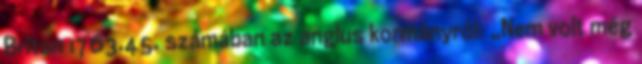
Briton 1763.45. számában az anglus kormányról: „Nem volt még